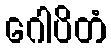
ဂေါပိတံ